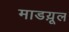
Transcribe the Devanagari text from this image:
माडय़ूल